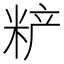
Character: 𰪼